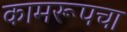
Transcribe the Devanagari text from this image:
कामरूपचा